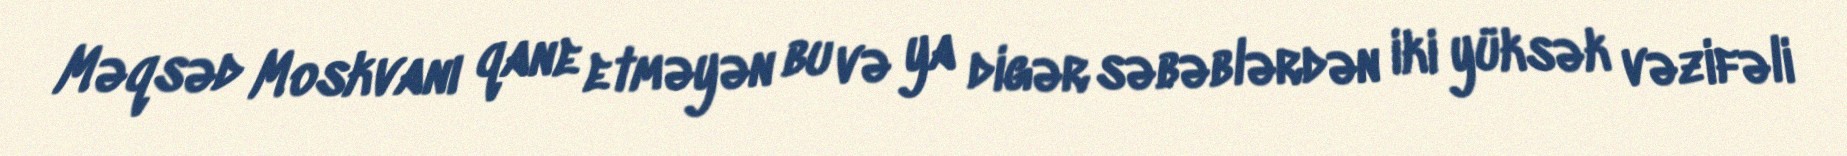
Məqsəd Moskvanı qane etməyən bu və ya digər səbəblərdən iki yüksək vəzifəli